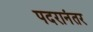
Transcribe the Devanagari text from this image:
पदरानंतर